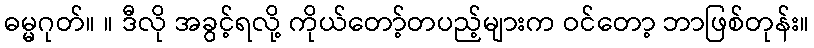
ဓမ္မဂုတ်။ ။ ဒီလို အခွင့်ရလို့ ကိုယ်တော့်တပည့်များက ဝင်တော့ ဘာဖြစ်တုန်း။